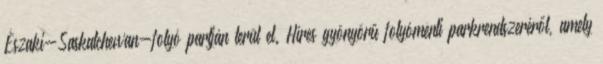
Északi-Saskatchewan-folyó partján terül el. Híres gyönyörű folyómenti parkrendszeréről, amely